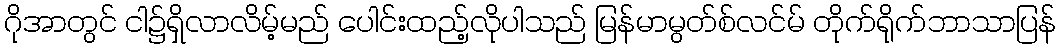
ဂိုအာတွင် ငါ၌ရှိလာလိမ့်မည် ပေါင်းထည့်လိုပါသည် မြန်မာမွတ်စ်လင်မ် တိုက်ရိုက်ဘာသာပြန်